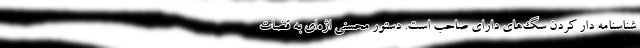
شناسنامه دار کردن سگ‌های دارای صاحب است. دستور محسنی اژه‌ای به قضات